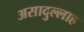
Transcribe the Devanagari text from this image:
असादुल्लाह